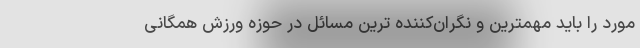
مورد را باید مهمترین و نگران‌کننده ترین مسائل در حوزه ورزش همگانی